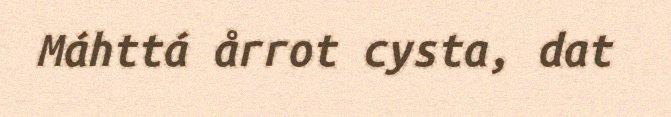
Máhttá årrot cysta, dat